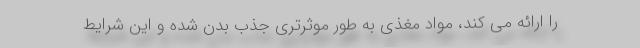
را ارائه می کند، مواد مغذی به طور موثرتری جذب بدن شده و این شرایط